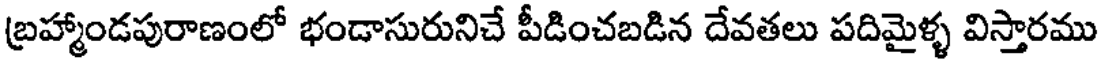
బ్రహ్మాండపురాణంలో భండాసురునిచే పీడించబడిన దేవతలు పదిమైళ్ళ విస్తారము